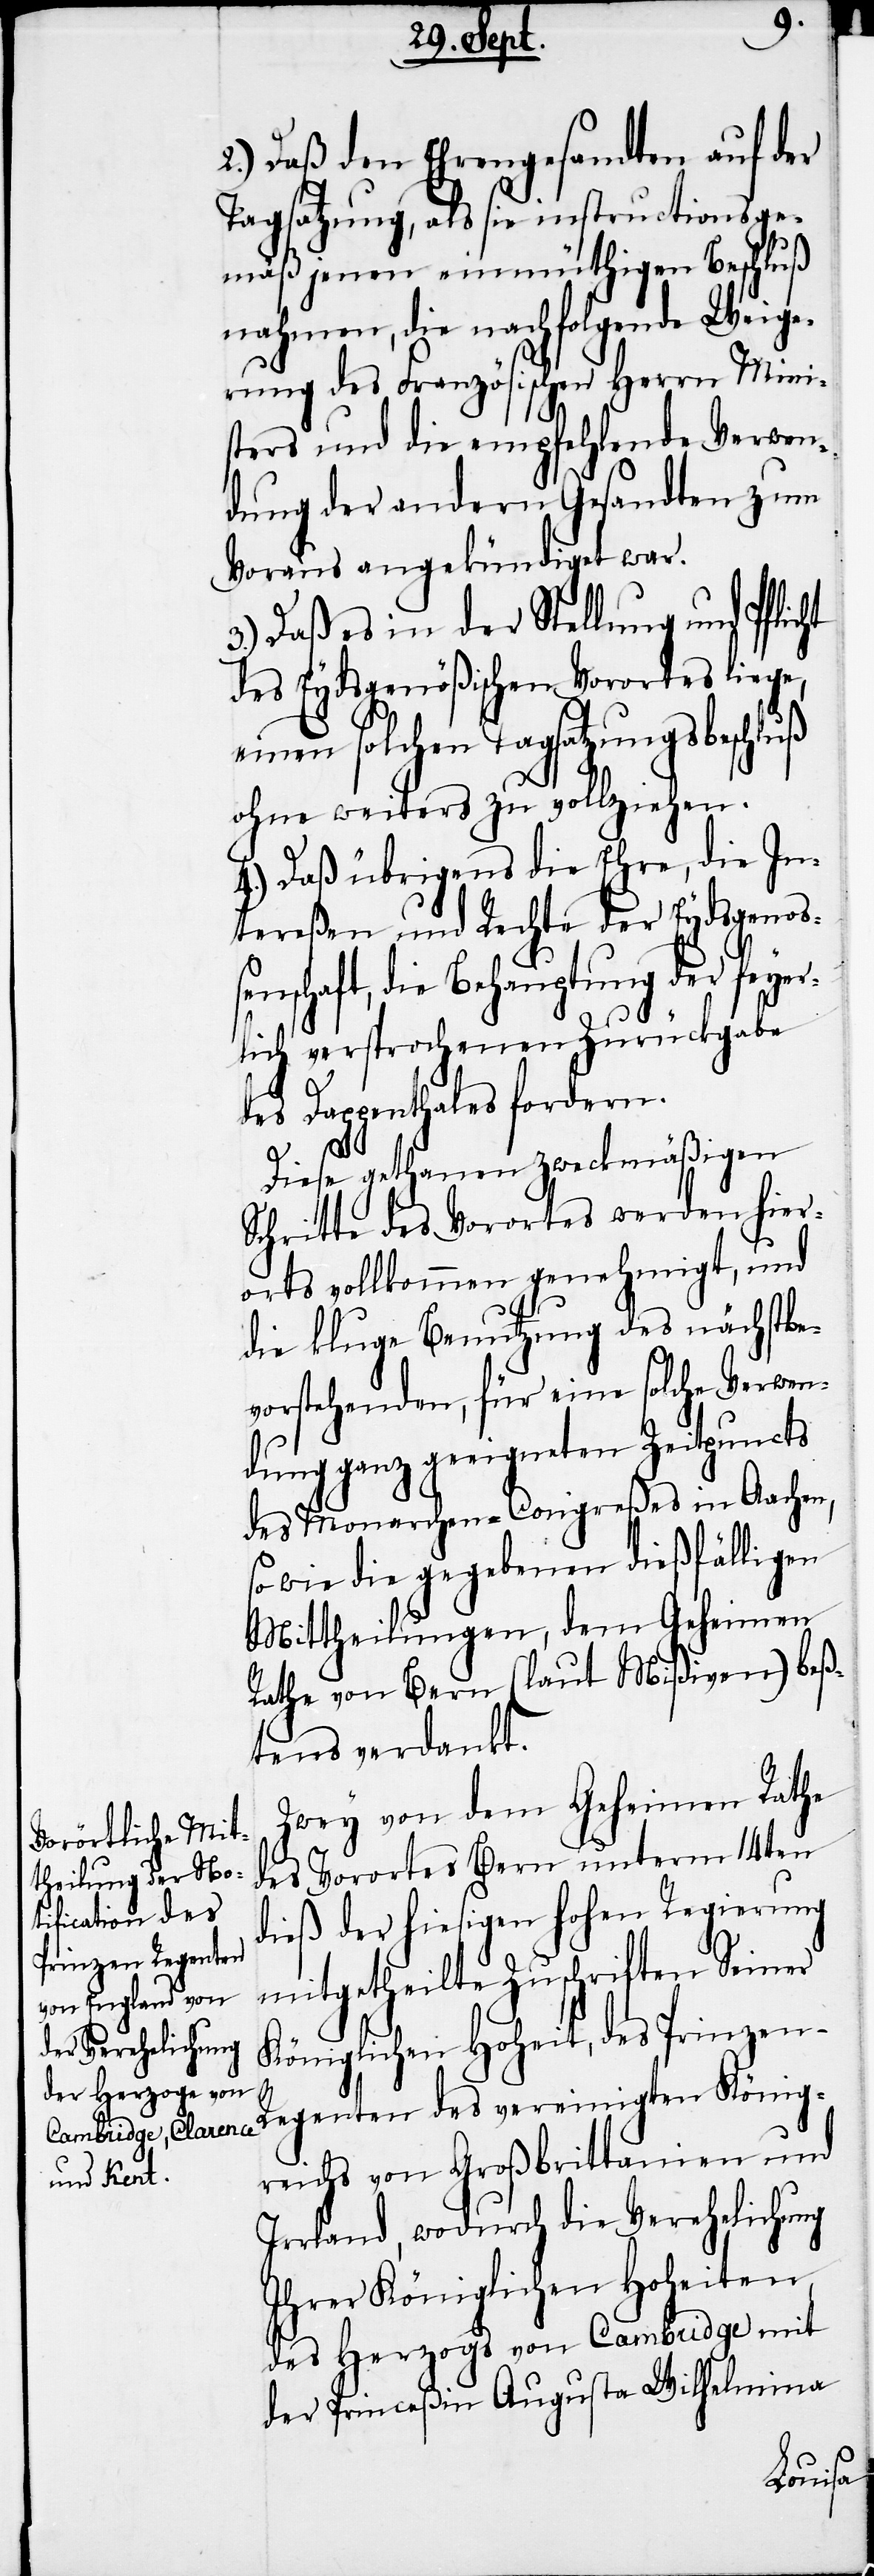
2.) Daß den Ehrengesandten auf der
Tagsatzung, als sie instructionsge¬
mäß jenen einmüthigen Beschluß
nahmen, die nachfolgende Weige¬
rung des Französischen Herrn Mini¬
sters und die empfehlende Verwen¬
dung der andern Gesandten zum
Voraus angekündiget war.
3.) Daß es in der Stellung und Pflicht
des Eydsgenößischen Vorortes liege,
einen solchen Tagsatzungsbeschluß
ohne weiters zu vollziehen.
4.) Daß übrigens die Ehre, die In¬
tereßen und Rechte der Eydsgenoß¬
enschaft, die Behauptung der feyer¬
lich versprochenen Zurückgabe
des Dappenthales fordern.
Diese gethanen zweckmäßigen
Schritte des Vorortes werden hier¬
orts vollkommen genehmigt, und
die kluge Benutzung des nächstbe¬
vorstehenden, für eine solche Verwen¬
dung ganz geeigneten Zeitpuncts
des Monarchen-Congreßes in Aachen,
so wie die gegebenen dießfälligen
Mittheilungen, dem Geheimen
Rathe von Bern (laut Mißiven) beß¬
tens verdankt.
Zwey von dem Geheimen Rathe
des Vorortes Bern unterm 14ten
dieß der hiesigen hohen Regierung
mitgetheilte Zuschriften Seiner
Königlichen Hoheit, des Prinzen-R¬
egenten des vereinigten König¬
reichs von Großbrittanien und
Irrland, wodurch die Verehelichung
Ihrer Königlichen Hoheiten,
des Herzogs von Cambridge mit
der Princeßin Augusta Wilhelmina